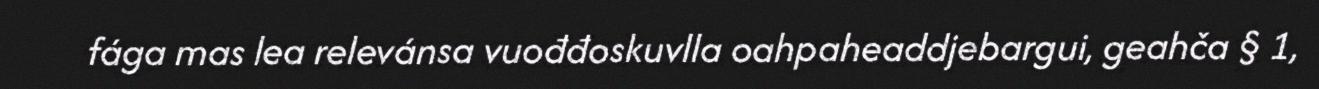
fága mas lea relevánsa vuođđoskuvlla oahpaheaddjebargui, geahča § 1,